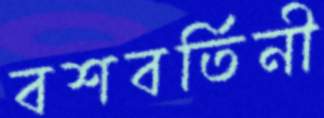
বশবর্তিনী